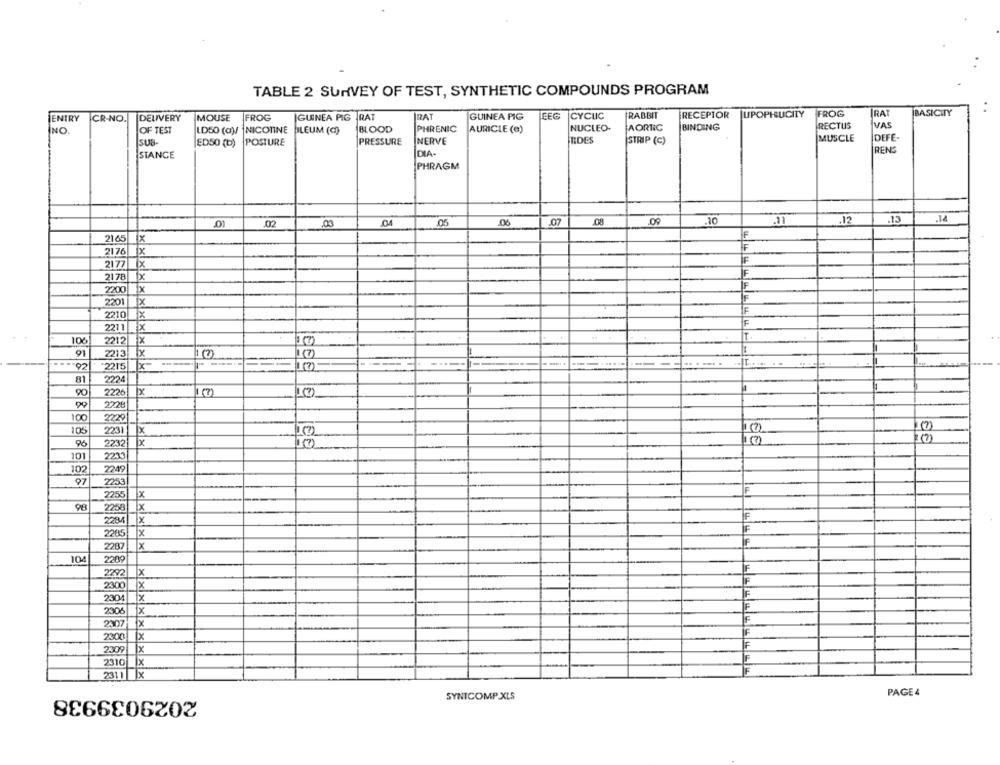
TABLE 2 SURVEY OF TEST, SYNTHETIC COMPOUNDS PROGRAM
RAT
GUINEA PIG
EEG
CYCLIC
RABBIT
RECEPTOR UPOPHUCITY
FROG
IRAT
BASICITY
ENTRY
CR-NO.
DELIVERY
MOUSE
FROG
IGUINEA PIG RAT
NO.
OF TEST
LDS0 (o)/ |NICOTINE
FILEUM (C)
BLOOD
PHRENIC
AURICLE (e)
NUCLEO-
AORTIC
BINDING
RECTUS
VAS
MUSCLE
DEFE-
SUB
ED50 (b) POSTURE
PRESSURE
NERVE
TIDES
STRIP (C)
STANCE
DIA-
RENS
PHRAGM
.02
.04
.06
.07
08
09
.10
.12
.13
.14
.03
2165
IF
1X
2176
IF
2177 X
2178 x
F
2200 x
2201 X
2210 X
F
2211 X
106
2212
1 (7)
91
2213
1 (7)
...
02
*2215
<XIX
81
2224
2226
(?)
2226
100
2229
105
2231
x
96
22321
x
101
2213
2249
102
97
2253
2255
Ex
F
2258
X
2284X
F
2285
x
IF
2207|
x
10
2209
2292
x
IF
2300
X
2304
F
2306
1x
2307
Tx
2300
x
2309 x
2310 x
2311 x
2029039938
SYNTCOMP.XLS
PAGE 4